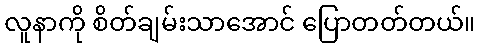
လူနာကို စိတ်ချမ်းသာအောင် ပြောတတ်တယ်။